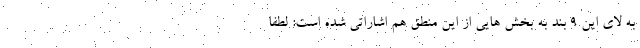
به لای این ۹ بند به بخش هایی از این منطق هم اشاراتی شده است: لطفا